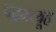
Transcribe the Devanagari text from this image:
पदमव्यूह